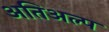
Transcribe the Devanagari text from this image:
अतिअल्प